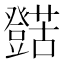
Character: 𱿁